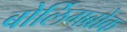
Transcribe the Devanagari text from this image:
बोर्लिगब्रोक